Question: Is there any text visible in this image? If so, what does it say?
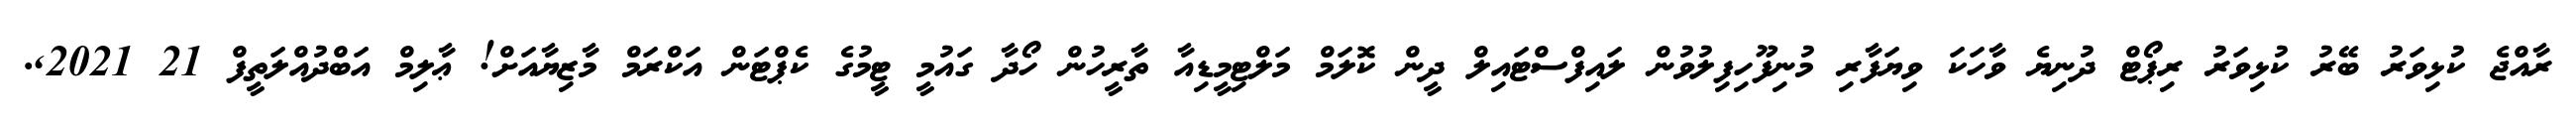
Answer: ރާއްޖެ ކުޅިވަރު ބޭރު ކުޅިވަރު ރިޕޯޓް ދުނިޔެ ވާހަކަ ވިޔަފާރި މުނިފޫހިފިލުވުން ލައިފްސްޓައިލް ދީން ކޮލަމް މަލްޓިމީޑިއާ ތާރީހުން ހޯދާ ގައުމީ ޓީމުގެ ކެޕްޓަން އަކްރަމް މާޒިޔާއަށް! ޢާލިމް އަބްދުއްލަތީފް 21 2021,.